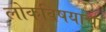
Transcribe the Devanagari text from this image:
लोकविषयाचा